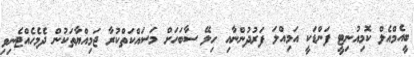
ބީއެމްއެލް ކޮމިއުނިޓީ ފަންޑަކީ އަމިއްލަ ފަރުދުންނާއި ހިލޭ ސާބަހަށް މަސައްކަތްކުރާ ޖަމިއްޔާތަކުން ދެމެހެއްޓެނިވި